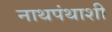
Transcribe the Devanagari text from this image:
नाथपंथाशी